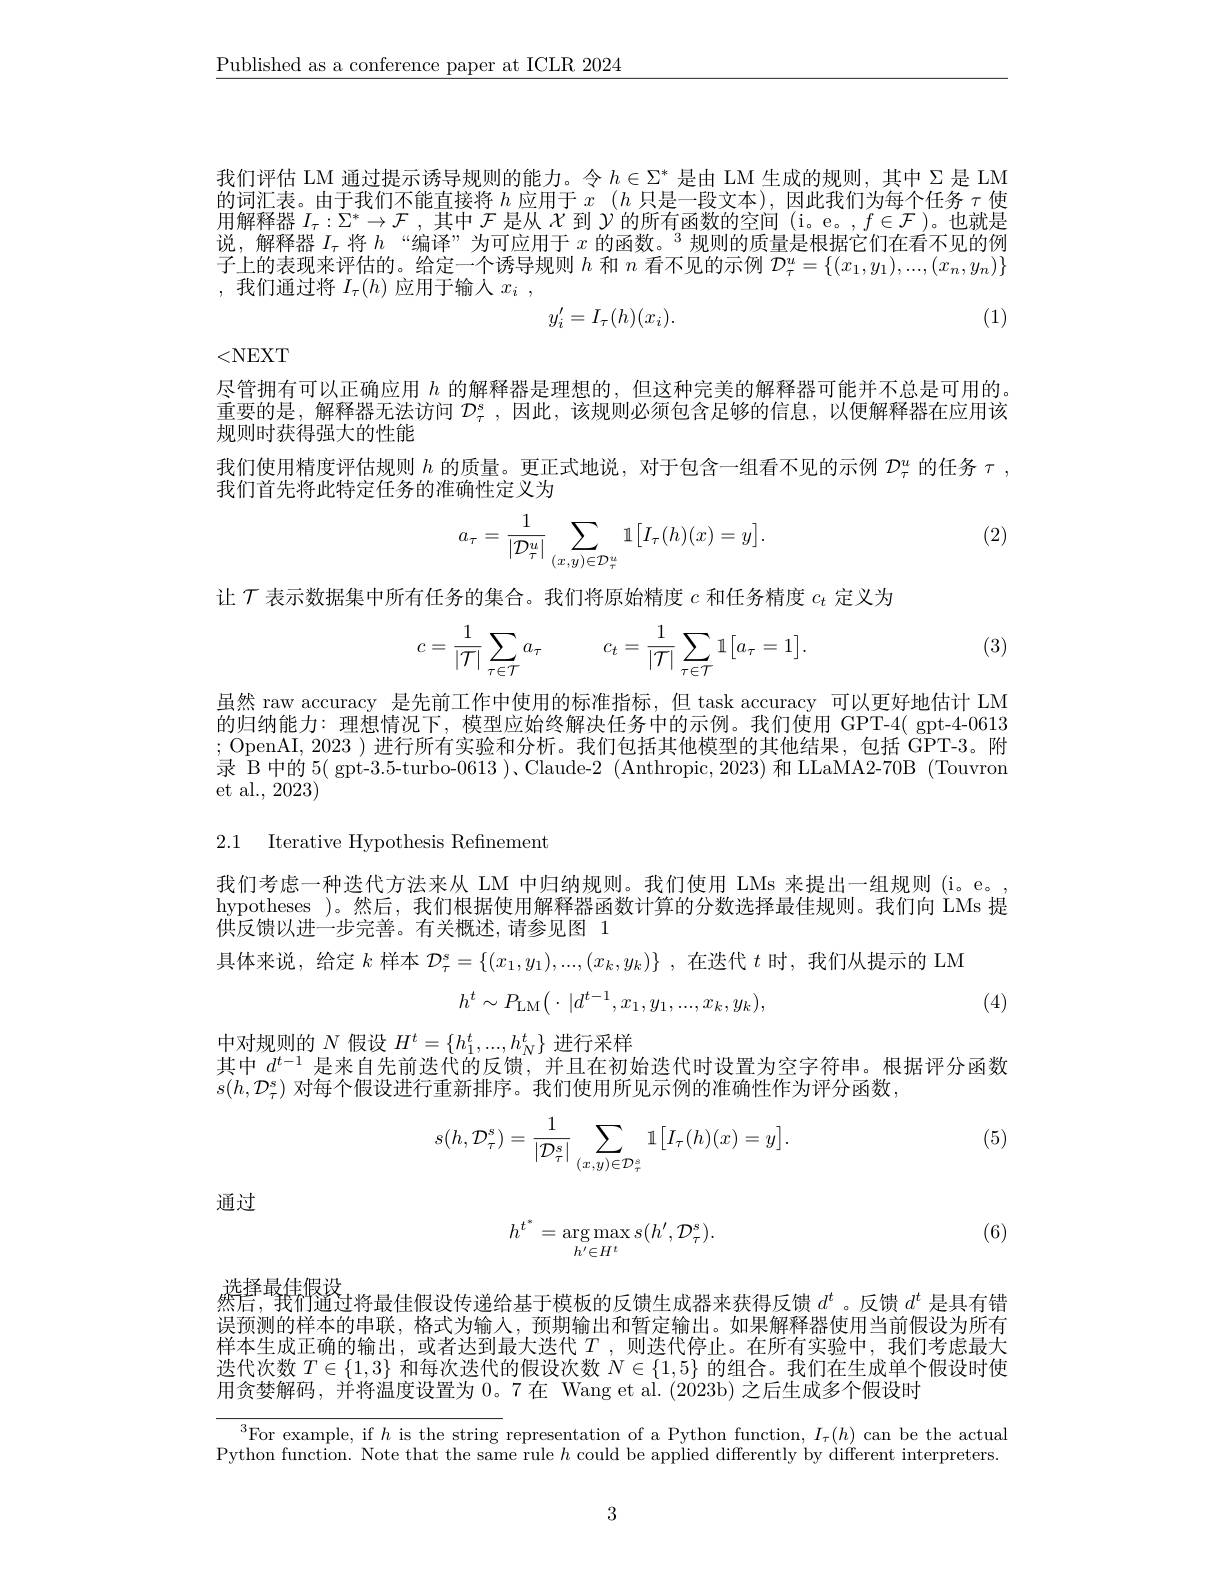
$\underline{\text{Published as a conference paper at ICLR 2024}}$

我们评估 LM 通过提示诱导规则的能力。令$h\in\Sigma^*$是由 LM 生成的规则，其中 Σ是 LM 的词汇表。由于我们不能直接将$h$应用于$x$ $( h$只是一段文本),因此我们为每个任务$\tau$使用解释器$I_\tau:\Sigma^*\to\mathcal{F}$ ,其中$\mathcal{F}$是从$\mathcal{X}$到$\mathcal{Y}$的所有函数的空间 (i。e。$,f\in\mathcal{F}$ )。也就是说，解释器$I_\tau$将$h$ “编译”为可应用于$x\text{ 的函数。}^3$规则的质量是根据它们在看不见的例子上的表现来评估的。给定一个诱导规则$h$和$n$看不见的示例$\mathcal{D}_\tau^u=\{(x_1,y_1),...,(x_n,y_n)\}$ ,我们通过将$I_\tau(h)$应用于输入$x_i$,
(1)
$$y_i'=I_\tau(h)(x_i).$$
<NEXT

尽管拥有可以正确应用$h$的解释器是理想的，但这种完美的解释器可能并不总是可用的。重要的是，解释器无法访问$\mathcal{D}_\tau^\mathrm{s}$ ,因此，该规则必须包含足够的信息，以便解释器在应用该规则时获得强大的性能
我们使用精度评估规则$h$的质量。更正式地说，对于包含一组看不见的示例$D_\tau^u$的任务$\tau$,
我们首先将此特定任务的准确性定义为
$$a_\tau=\frac{1}{|\mathcal{D}_\tau^u|}\sum_{(x,y)\in\mathcal{D}_\tau^u}\mathbb{1}\big[I_\tau(h)(x)=y\big].$$
(2)

让$\mathcal{T}$表示数据集中所有任务的集合。我们将原始精度$c$和任务精度$c_t$定义为

(3)
$$c=\frac{1}{|\mathcal{T}|}\sum_{\tau\in\mathcal{T}}a_{\tau}\quad c_{t}=\frac{1}{|\mathcal{T}|}\sum_{\tau\in\mathcal{T}}\mathbb{1}\big[a_{\tau}=1\big].$$
虽然 raw accuracy 是先前工作中使用的标准指标，但 task accuracy 可以更好地估计 LM 的归纳能力：理想情况下，模型应始终解决任务中的示例。我们使用 GPT-4( gpt-4-0613 ; OpenAI, 2023 )进行所有实验和分析。我们包括其他模型的其他结果，包括 GPT-3。附录 B 中的 5( gpt-3.5-turbo-0613 )、Claude-2 (Anthropic, 2023) 和 LLaMA2-70B (Touvron et al., 2023)

2.1 Iterative Hypothesis Refinement

我们考虑一种迭代方法来从 LM 中归纳规则。我们使用 LMs 来提出一组规则 (i。e。, hypotheses )。然后，我们根据使用解释器函数计算的分数选择最佳规则。我们向 LMs 提供反馈以进一步完善。有关概述，请参见图 1

具体来说，给定$k$样本$\mathcal{D}_\tau^s=\{(x_1,y_1),...,(x_k,y_k)\}$,在迭代$t$时，我们从提示的 LM
$$h^t\sim P_{\mathrm{LM}}\big(\cdot\:|d^{t-1},x_1,y_1,...,x_k,y_k\big),$$
(4)

中对规则的$N$假设$H^t=\{h_1^t,...,h_N^t\}$进行采样
其中$d^{t-1}$是来自先前迭代的反馈，并且在初始迭代时设置为空字符串。根据评分函数
$s(h,\mathcal{D}_\tau^s)$对每个假设进行重新排序。我们使用所见示例的准确性作为评分函数，

(5)
$$s(h,\mathcal{D}_\tau^s)=\frac{1}{|\mathcal{D}_\tau^s|}\sum_{(x,y)\in\mathcal{D}_\tau^s}\mathbb{1}\big[I_\tau(h)(x)=y\big].$$
通过

(6)
$$h^{t^*}=\underset{h'\in H^t}{\arg\max}s(h',\mathcal{D}_{\tau}^{s}).$$
选择最佳假设
然信，我们通过将最佳假设传递给基于模板的反馈生成器来获得反馈$d^t$ 。反馈$d^t$是具有错误预测的样本的串联，格式为输入，预期输出和暂定输出。如果解释器使用当前假设为所有样本生成正确的输出，或者达到最大迭代$T$ ,则迭代停止。在所有实验中，我们考虑最大选代次数$T\in\{1,3\}$和每次迭代的假设次数$N\in\{1,5\}$的组合。我们在生成单个假设时使用贪婪解码，并将温度设置为0。7 在 Wang et al.(2023b) 之后生成多个假设时

$^{3}$For example, if $h$ is the string representation of a Python function, $I_\tau(h)$ can be the actual Python function. Note that the same rule $h$ could be applied differently by different interpreters.

3